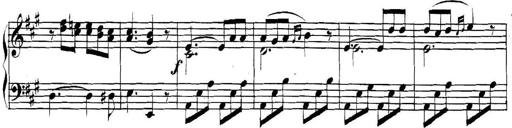
Title: Collected Piano Sonatas
Composer: Muzio Clementi